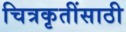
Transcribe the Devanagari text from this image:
चित्रकृतींसाठी